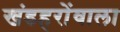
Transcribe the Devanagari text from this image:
खंडहरोंवाला